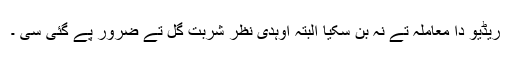
ریڈیو دا معاملہ تے نہ بن سکیا البتہ اوہدی نظر شربت گل تے ضرور پے گئی سی ۔